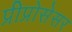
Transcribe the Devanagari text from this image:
प्रीप्रोसेसर